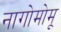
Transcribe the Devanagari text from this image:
नागोमोमू